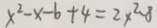
x ^ { 2 } - x - 6 + 4 = 2 x ^ { 2 } - 8